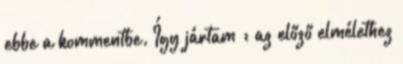
ebbe a kommentbe. Így jártam : az előző elmélethez